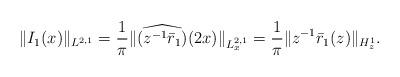
LaTeX: \begin{align*}&\|I_1(x)\|_{L^{2,1} } = \frac{1} {\pi} \| \widehat{(z^{-1} \bar{r}_1)}(2x)\|_{L^{2,1}_x} = \frac{1}{\pi} \| z^{-1} \bar{r}_1(z) \|_{ H^1_z}. \end{align*}